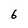
Character: 6